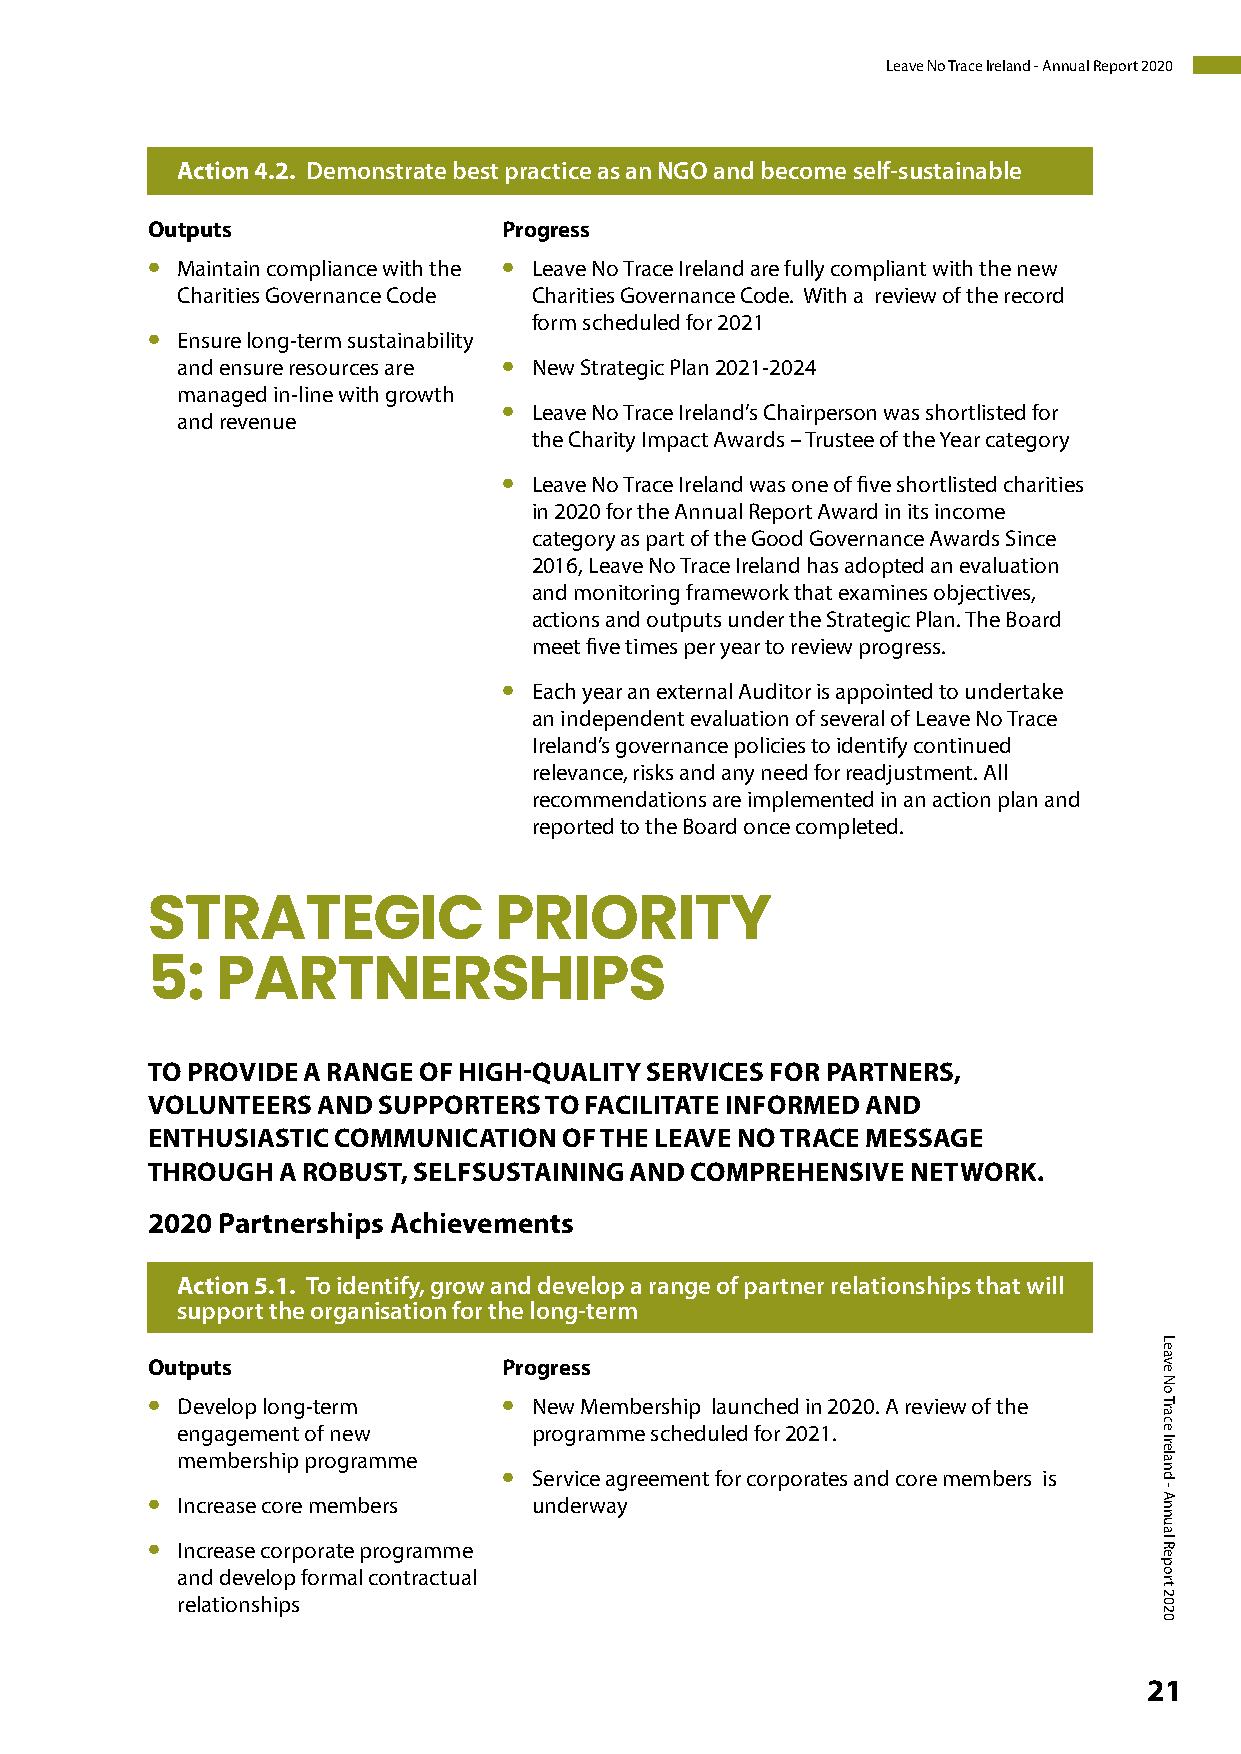
Leave No Trace Ireland - Annual Report 2020
 Action 4.2. Demonstrate best practice as an NGO and become self-sustainable
 Outputs                Progress
 •                      •
 Maintain compliance with the Leave No Trace Ireland are fully compliant with the new
 Charities Governance Code Charities Governance Code. With a review of the record
 form scheduled for 2021
 •
 Ensure long-term sustainability
 •
 and ensure resources are New Strategic Plan 2021-2024
 managed in-line with growth
 •
 Leave No Trace Ireland’s Chairperson was shortlisted for
 and revenue
 the Charity Impact Awards – Trustee of the Year category
 •
 Leave No Trace Ireland was one of five shortlisted charities
 in 2020 for the Annual Report Award in its income
 category as part of the Good Governance Awards Since
 2016, Leave No Trace Ireland has adopted an evaluation
 and monitoring framework that examines objectives,
 actions and outputs under the Strategic Plan. The Board
 meet five times per year to review progress.
 •
 Each year an external Auditor is appointed to undertake
 an independent evaluation of several of Leave No Trace
 Ireland’s governance policies to identify continued
 relevance, risks and any need for readjustment. All
 recommendations are implemented in an action plan and
 reported to the Board once completed.
 STRATEGIC              PRIORITY
 5:  PARTNERSHIPS
 TO PROVIDE A RANGE OF HIGH-QUALITY SERVICES FOR PARTNERS,
 VOLUNTEERS AND SUPPORTERS TO FACILITATE INFORMED AND
 ENTHUSIASTIC COMMUNICATION OF THE LEAVE NO TRACE MESSAGE
 THROUGH  A ROBUST, SELFSUSTAINING AND COMPREHENSIVE NETWORK.
 2020 Partnerships Achievements
 Action 5.1. To identify, grow and develop a range of partner relationships that will
 support the organisation for the long-term
 Outputs                Progress
 •                      •
 Develop long-term      New Membership launched in 2020. A review of the
 engagement of new      programme scheduled for 2021.
 membership programme
 •
 Service agreement for corporates and core members is
 • Increase core members  underway
 •
 Increase corporate programme
 and develop formal contractual
 relationships
 21
 Leave
 No
 Trace
 Ireland
 - Annual
 Report
 2020